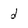
Character: d